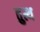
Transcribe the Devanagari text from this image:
तुत्थ